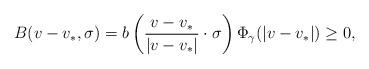
LaTeX: \begin{align*}B(v-v_*, \sigma)=b\left(\frac{v-v_*}{\vert v-v_* \vert}\cdot \sigma\right) \Phi_\gamma(|v-v_*|)\ge 0,\end{align*}